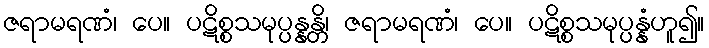
ဇရာမရဏံ၊ ပေ။ ပဋိစ္စသမုပ္ပန္နန္တိ၊ ဇရာမရဏံ၊ ပေ။ ပဋိစ္စသမုပ္ပန္နံဟူ၍။